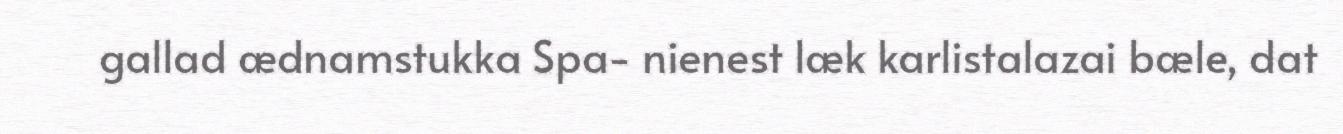
gallad ædnamstukka Spa- nienest læk karlistalazai bæle, dat